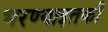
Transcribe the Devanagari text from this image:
भरण्याइतकी